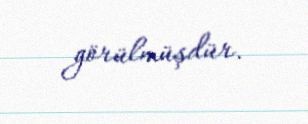
görülmüşdür.